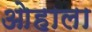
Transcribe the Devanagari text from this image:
ओहाला